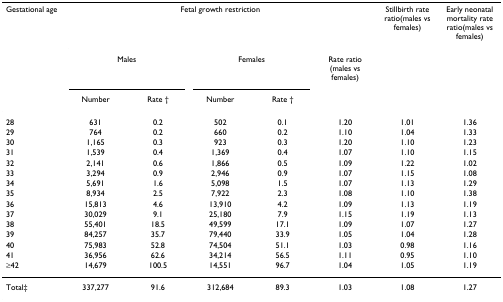
<table><thead><tr><td><b>Gestational age</b></td><td colspan="5"><b>Fetal growth restriction</b></td><td><b>Stillbirth rate ratio(males vs females)</b></td><td><b>Early neonatal mortality rate ratio(males vs females)</b></td></tr><tr><td></td><td colspan="2"><b>Males</b></td><td colspan="2"><b>Females</b></td><td><b>Rate ratio (males vs females)</b></td><td></td><td></td></tr><tr><td></td><td><b>Number</b></td><td><b>Rate †</b></td><td><b>Number</b></td><td><b>Rate †</b></td><td></td><td></td><td></td></tr></thead><tbody><tr><td>28</td><td>631</td><td>0.2</td><td>502</td><td>0.1</td><td>1.20</td><td>1.01</td><td>1.36</td></tr><tr><td>29</td><td>764</td><td>0.2</td><td>660</td><td>0.2</td><td>1.10</td><td>1.04</td><td>1.33</td></tr><tr><td>30</td><td>1,165</td><td>0.3</td><td>923</td><td>0.3</td><td>1.20</td><td>1.10</td><td>1.23</td></tr><tr><td>31</td><td>1,539</td><td>0.4</td><td>1,369</td><td>0.4</td><td>1.07</td><td>1.10</td><td>1.15</td></tr><tr><td>32</td><td>2,141</td><td>0.6</td><td>1,866</td><td>0.5</td><td>1.09</td><td>1.22</td><td>1.02</td></tr><tr><td>33</td><td>3,294</td><td>0.9</td><td>2,946</td><td>0.9</td><td>1.07</td><td>1.15</td><td>1.08</td></tr><tr><td>34</td><td>5,691</td><td>1.6</td><td>5,098</td><td>1.5</td><td>1.07</td><td>1.13</td><td>1.29</td></tr><tr><td>35</td><td>8,934</td><td>2.5</td><td>7,922</td><td>2.3</td><td>1.08</td><td>1.10</td><td>1.38</td></tr><tr><td>36</td><td>15,813</td><td>4.6</td><td>13,910</td><td>4.2</td><td>1.09</td><td>1.13</td><td>1.19</td></tr><tr><td>37</td><td>30,029</td><td>9.1</td><td>25,180</td><td>7.9</td><td>1.15</td><td>1.19</td><td>1.13</td></tr><tr><td>38</td><td>55,401</td><td>18.5</td><td>49,599</td><td>17.1</td><td>1.09</td><td>1.07</td><td>1.27</td></tr><tr><td>39</td><td>84,257</td><td>35.7</td><td>79,440</td><td>33.9</td><td>1.05</td><td>1.04</td><td>1.28</td></tr><tr><td>40</td><td>75,983</td><td>52.8</td><td>74,504</td><td>51.1</td><td>1.03</td><td>0.98</td><td>1.16</td></tr><tr><td>41</td><td>36,956</td><td>62.6</td><td>34,214</td><td>56.5</td><td>1.11</td><td>0.95</td><td>1.10</td></tr><tr><td>≥42</td><td>14,679</td><td>100.5</td><td>14,551</td><td>96.7</td><td>1.04</td><td>1.05</td><td>1.19</td></tr><tr><td>Total‡</td><td>337,277</td><td>91.6</td><td>312,684</td><td>89.3</td><td>1.03</td><td>1.08</td><td>1.27</td></tr></tbody></table>